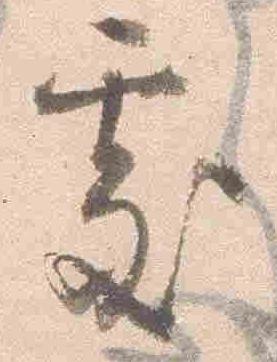
処